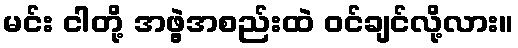
မင်း ငါတို့ အဖွဲ့အစည်းထဲ ဝင်ချင်လို့လား။